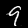
Label: 9